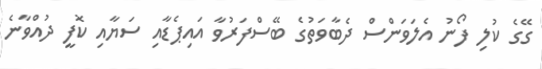
ގޭގެ ކުލި ފޯނު އެލަވަންސް ދެބާވަތުގެ ބޭސްފަރުވާ އައިޕެޑާއި ސަޔާއި ކޮފީ ދުއްވާނެ